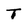
Character: T